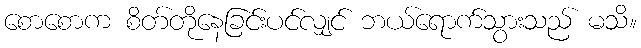
စောစောက စိတ်တိုနေခြင်းပင်လျှင် ဘယ်ရောက်သွားသည် မသိ။